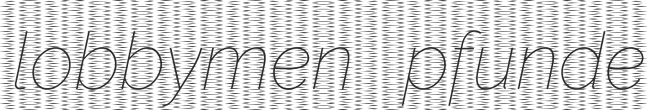
lobbymen pfunde